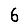
Digit: 6